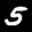
Label: 5